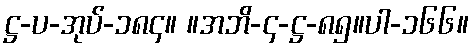
ဋ္ဌ-ပ-အုပ်-၁၈၄။ ။အဘိ-၄-ဋ္ဌ-၈၅။ပါ-၁၆၆။